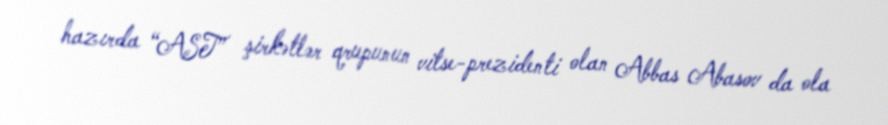
hazırda “AST” şirkətlər qrupunun vitse-prezidenti olan Abbas Abasov da ola